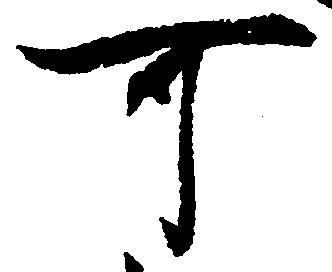
可